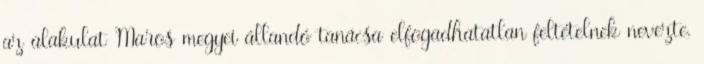
az alakulat Maros megyei állandó tanácsa elfogadhatatlan feltételnek nevezte,